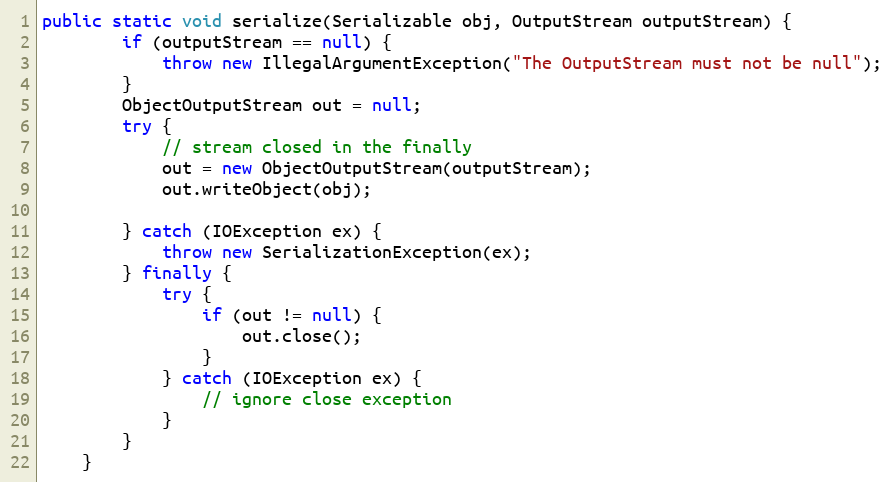
Language: Java
public static void serialize(Serializable obj, OutputStream outputStream) {
        if (outputStream == null) {
            throw new IllegalArgumentException("The OutputStream must not be null");
        }
        ObjectOutputStream out = null;
        try {
            // stream closed in the finally
            out = new ObjectOutputStream(outputStream);
            out.writeObject(obj);

        } catch (IOException ex) {
            throw new SerializationException(ex);
        } finally {
            try {
                if (out != null) {
                    out.close();
                }
            } catch (IOException ex) {
                // ignore close exception
            }
        }
    }